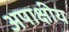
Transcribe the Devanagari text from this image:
अपाक्षीय